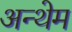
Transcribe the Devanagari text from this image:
अन्थेम